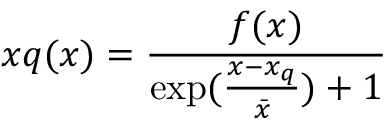
x q ( x ) = { \frac { f ( x ) } { \exp ( { \frac { x - x _ { q } } { \bar { x } } } ) + 1 } }